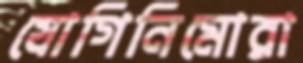
যোগিনিমোরা